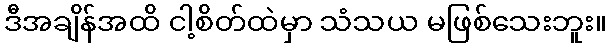
ဒီအချိန်အထိ ငါ့စိတ်ထဲမှာ သံသယ မဖြစ်သေးဘူး။